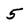
Character: 5